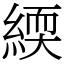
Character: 緛